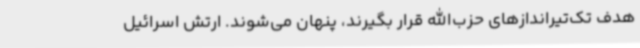
هدف تک‌تیراندازهای حزب‌الله قرار بگیرند، پنهان می‌شوند. ارتش اسرائیل